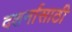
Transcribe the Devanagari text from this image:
दशर्नासाठी